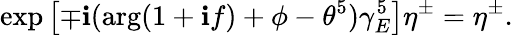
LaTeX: \exp\left[\mp\mathbf{i}(\arg(1+\mathbf{i}f)+\phi-\theta^{5})\gamma_{E}^{5}\right]\eta^{\pm}=\eta^{\pm}.